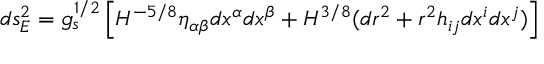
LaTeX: d s _ { E } ^ { 2 } = g _ { s } ^ { 1 / 2 } \left[ H ^ { - 5 / 8 } \eta _ { \alpha \beta } d x ^ { \alpha } d x ^ { \beta } + H ^ { 3 / 8 } ( d r ^ { 2 } + r ^ { 2 } h _ { i j } d x ^ { i } d x ^ { j } ) \right]